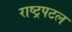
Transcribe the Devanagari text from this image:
राष्ट्रपटल